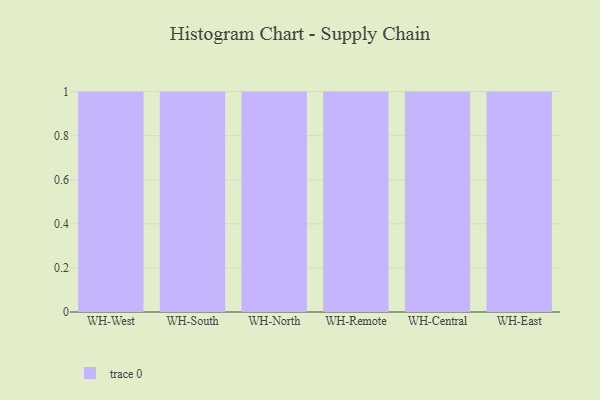
{"axis": {"x": "Warehouse", "y": "Headcount"}, "legend": [""], "data": [{"x": "WH-West", "y": 33, "type": ""}, {"x": "WH-South", "y": 1, "type": ""}, {"x": "WH-North", "y": 18, "type": ""}, {"x": "WH-Remote", "y": 71, "type": ""}, {"x": "WH-Central", "y": 29, "type": ""}, {"x": "WH-East", "y": 42, "type": ""}]}